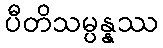
ပီတိသမ္ပန္နဿ